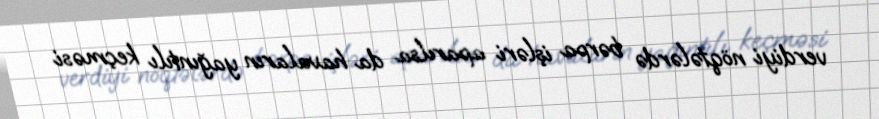
verdiyi nöqtələrdə bərpa işləri aparılsa da havaların yağıntılı keçməsi